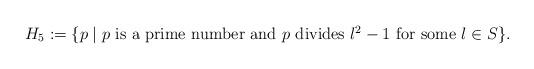
LaTeX: \begin{align*}H_5:=\{p\mid p\hbox{ is a prime number and $p$ divides $l^2-1$ for some }l\in S\}.\end{align*}